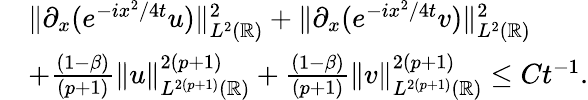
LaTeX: \begin{array}{rl}&{\| \partial_{x}(e^{-ix^{2}/4t}u)\| _{L^{2}(\mathbb{R})}^{2}+\| \partial_{x}(e^{-ix^{2}/4t}v)\| _{L^{2}(\mathbb{R})}^{2}}\\ &{+\frac{(1-\beta)}{(p+1)}\| u\| _{L^{2(p+1)}(\mathbb{R})}^{2(p+1)}+\frac{(1-\beta)}{(p+1)}\| v\| _{L^{2(p+1)}(\mathbb{R})}^{2(p+1)}\leq Ct^{-1}.}\end{array}